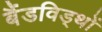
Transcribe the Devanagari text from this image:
बैंडविड्थों